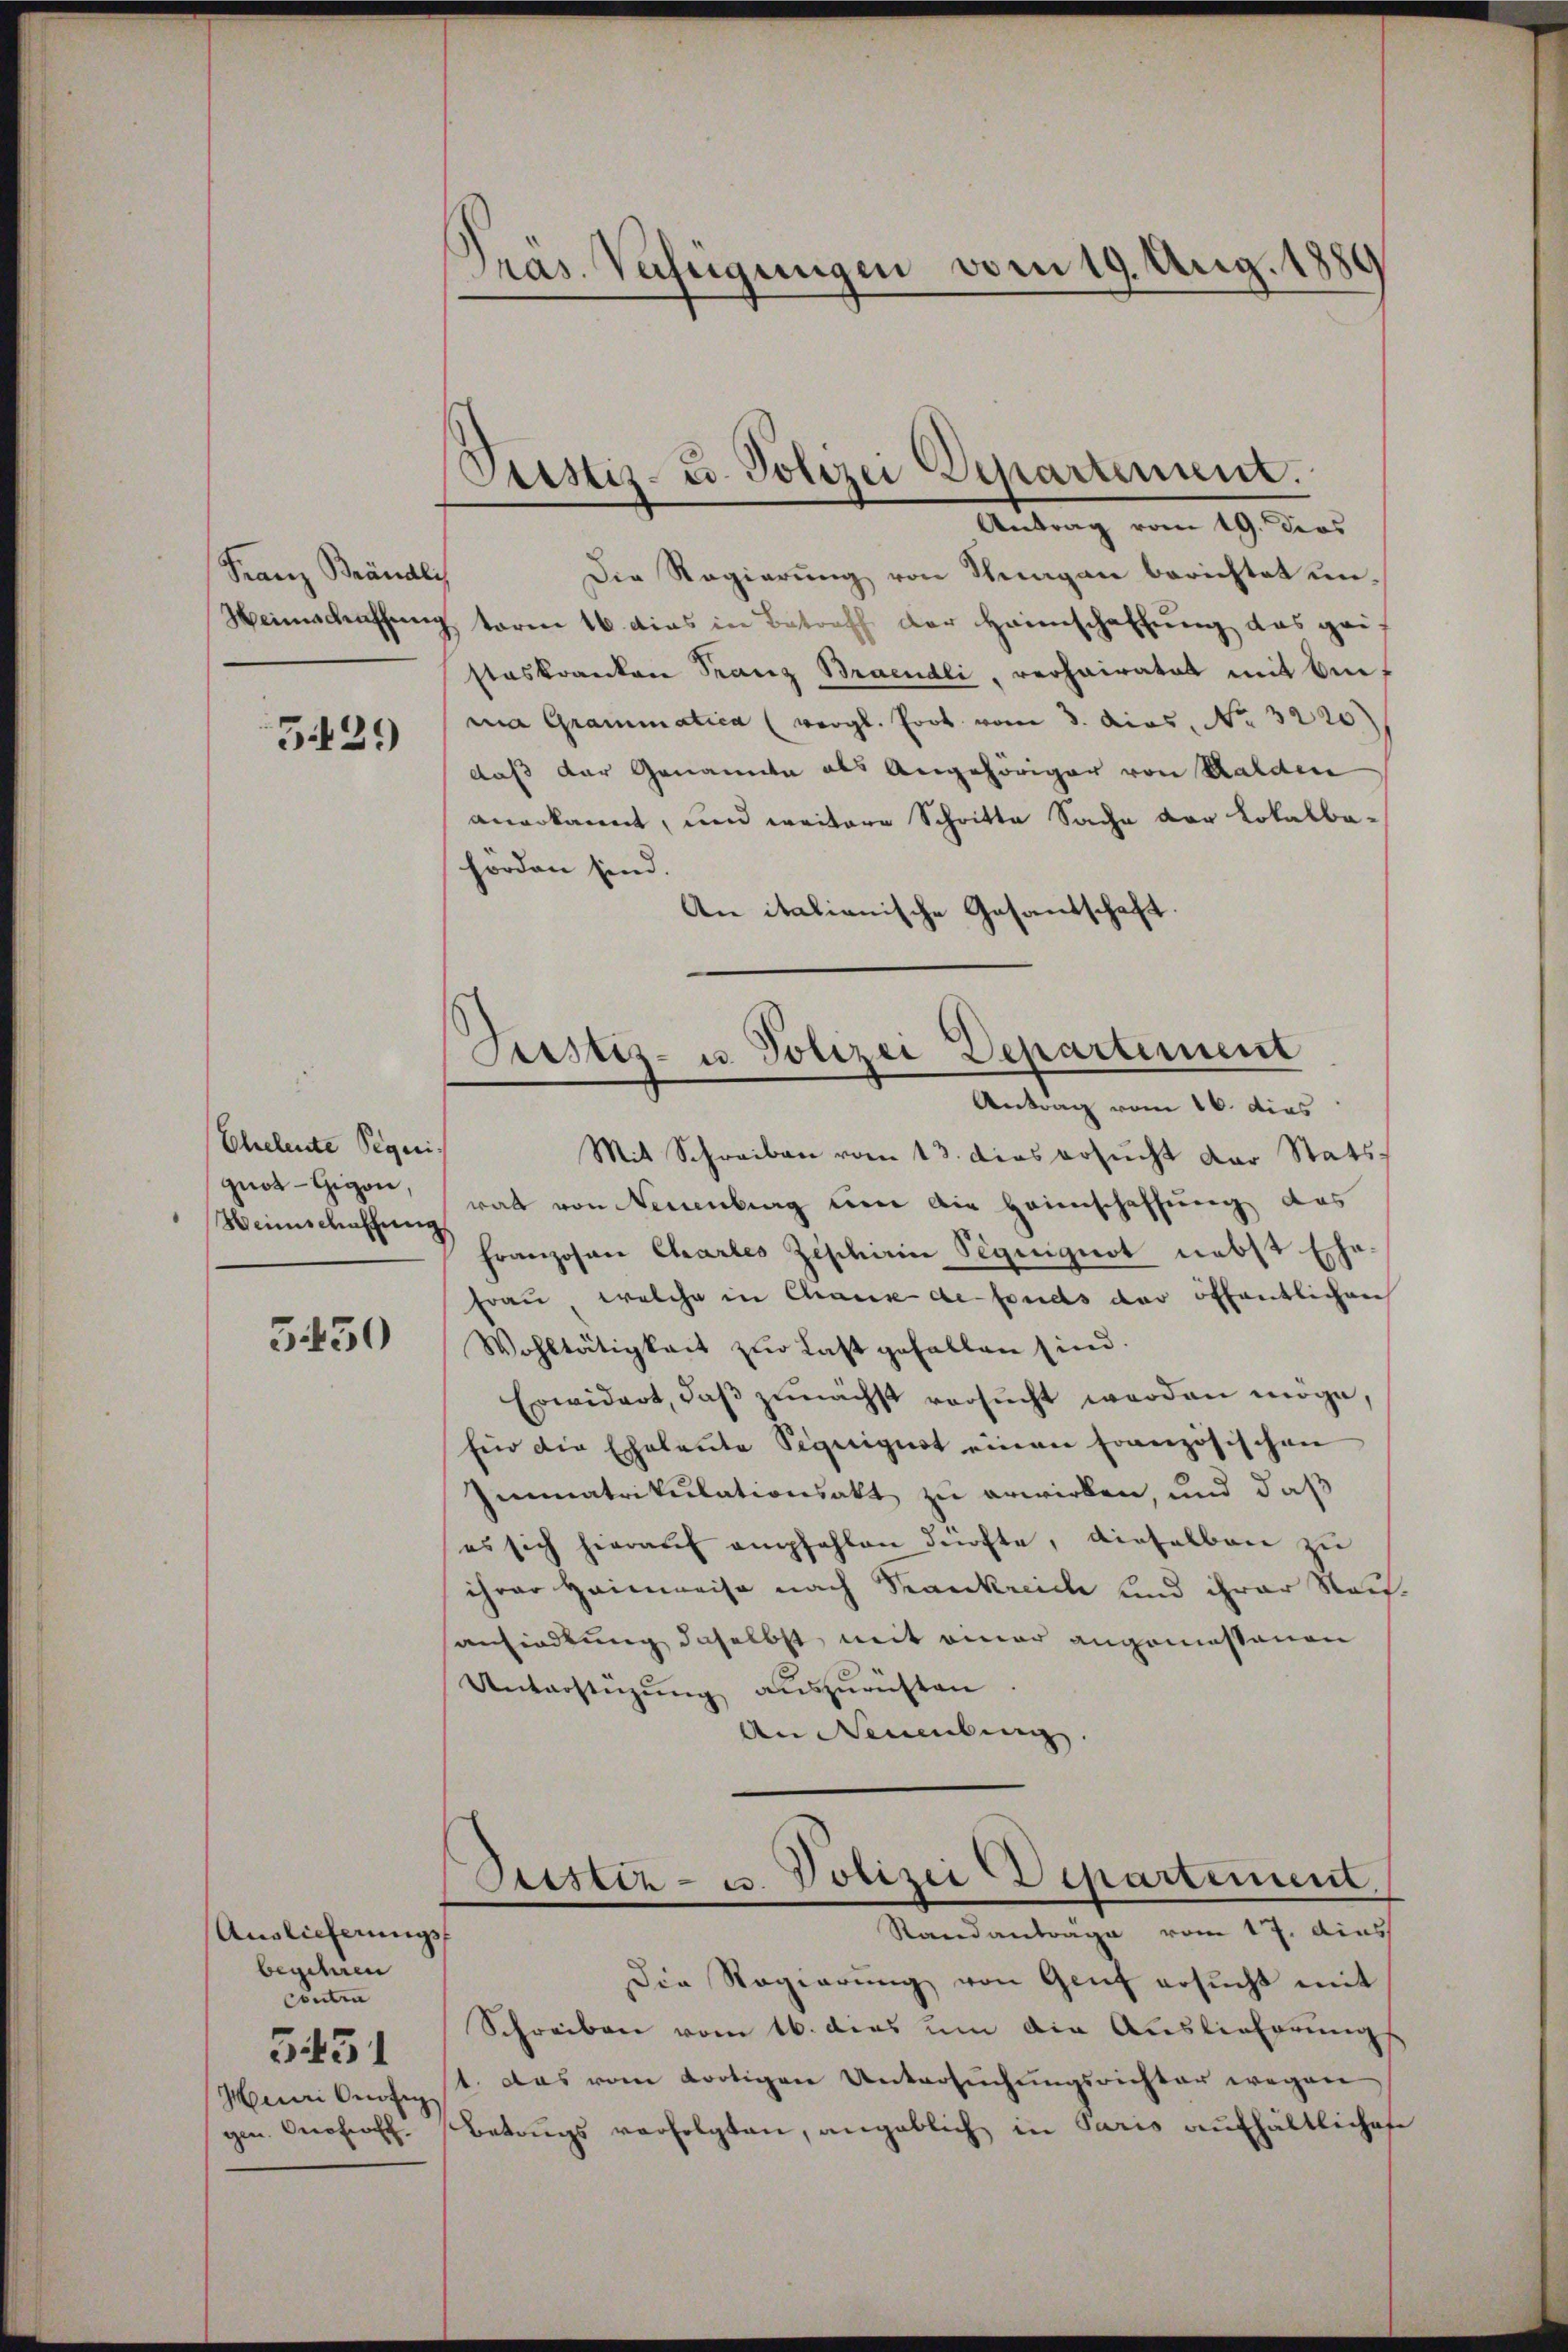
Franz Brändli

3429

Eheleute Pegeri
quos - Gigon,
Heimschaffung

5430

Auslieferungsf
begehren
Contr
5451
Mauriniti
gen. Onofrost.

Präs. Verfügungen vom 19. Aug. 1889

z
Justiz- u. Polizei Departement.
Antrag vom 19. dies

Die Regierŭng von Knagan berichtet un¬
Heimschaffung term 16. dies in Betreff der Heimschaffung das geisteskranken Franz Braendli, verhairatet mit Anna Grammatica (vergl. Prot. vom 3. dies. No. 3220)
daß der Genannte als Angehöriger von Walden
anerkannt, und weitere Schritte Sache der Lokalbaforden sind
An italianische Gesandschaft.

Justiz- u. Polizei Departement
Antrag vom 16. dies

Mit Schreiben vom 13. das ersŭcht der Statsrat von Neuenburg eine die Heimschaffung das
Franzosen Chartes Zeschirin Teguiguot nebst Erha
Frau welche in Chaux de fonds der öffentlichen
Wohltätigkeit zŭr Last gefallen sind.
Erwidert, daß zunächst versucht werden möge,
für die Eheleute Sigeignet einen französischen
Immatrikulationsakt zu erwirken, und daß
es sich hierauf empfehlen dürfte, dieselben zu
ihrer Heimweise nach Krankreiche und ihrer Sauansiedlung daselbst, mit einer angemessenen
Unterstüzung auszurichten.
An Neuenbung.

Sistiz- u. Polizei Departement.
Standanträge vom 17. dies

Die Regierŭng von Genf ersŭcht mit
Schreiben vom 16. dies um die Auslieferungs
t. Das vom dortigen Untersŭchŭngsrichter wegen
Betrugs verfolgten, angeblich in Paris aufhältliches